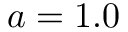
a = 1 . 0